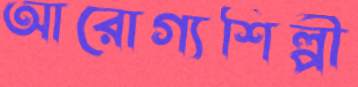
আরোগ্যশিল্পী